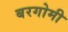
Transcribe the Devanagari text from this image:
बरगोमी